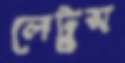
লেটুস